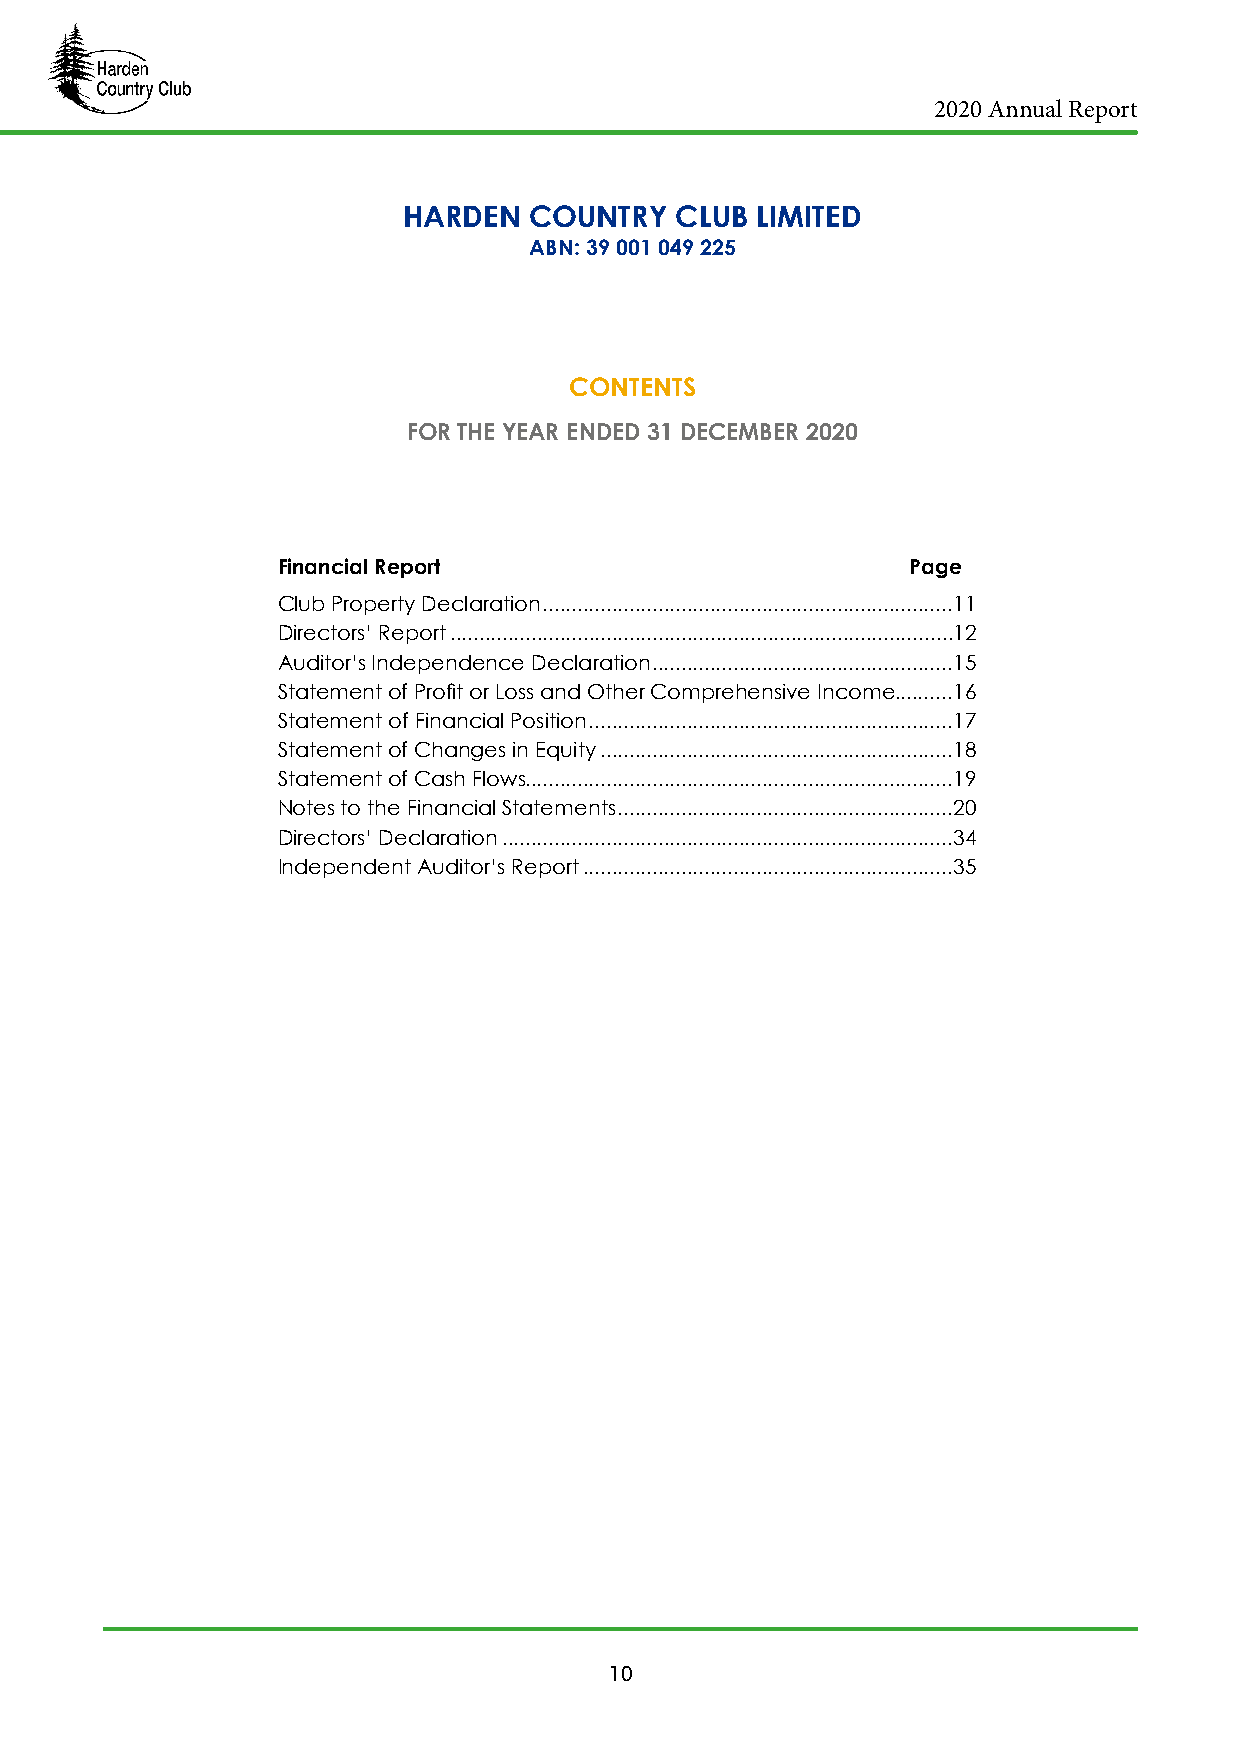
2020 Annual Report
 HARDEN  COUNTRY   CLUB LIMITED
 ABN: 39 001 049 225
 CONTENTS
 FOR THE YEAR ENDED 31 DECEMBER 2020
 Financial Report                          Page
 Club Property Declaration .......................................................................11
 Directors’ Report .......................................................................................12
 Auditor’s Independence Declaration ....................................................15
 Statement of Profit or Loss and Other Comprehensive Income..........16
 Statement of Financial Position ...............................................................17
 Statement of Changes in Equity .............................................................18
 Statement of Cash Flows ..........................................................................19
 Notes to the Financial Statements ..........................................................20
 Directors’ Declaration ..............................................................................34
 Independent Auditor’s Report ................................................................35
 10